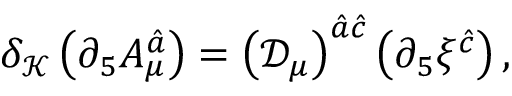
\delta _ { \mathcal K } \left( \partial _ { 5 } A _ { \mu } ^ { \hat { a } } \right) = \left( { \mathcal D } _ { \mu } \right) ^ { \hat { a } \hat { c } } \left( \partial _ { 5 } \xi ^ { \hat { c } } \right) ,